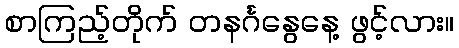
စာကြည့်တိုက် တနင်္ဂနွေနေ့ ဖွင့်လား။